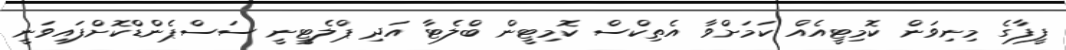
ފީފާގެ މިނިވަން ކޮމިޓީއެއް ކަމަށްވާ އެތިކްސް ކޮމިޓީން ބްލެޓާ އަދި ޕްލެޓީނީ ސަސްޕެންޑްކޮށްފައިވަނީ